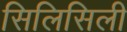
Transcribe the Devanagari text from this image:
सिलिसिली